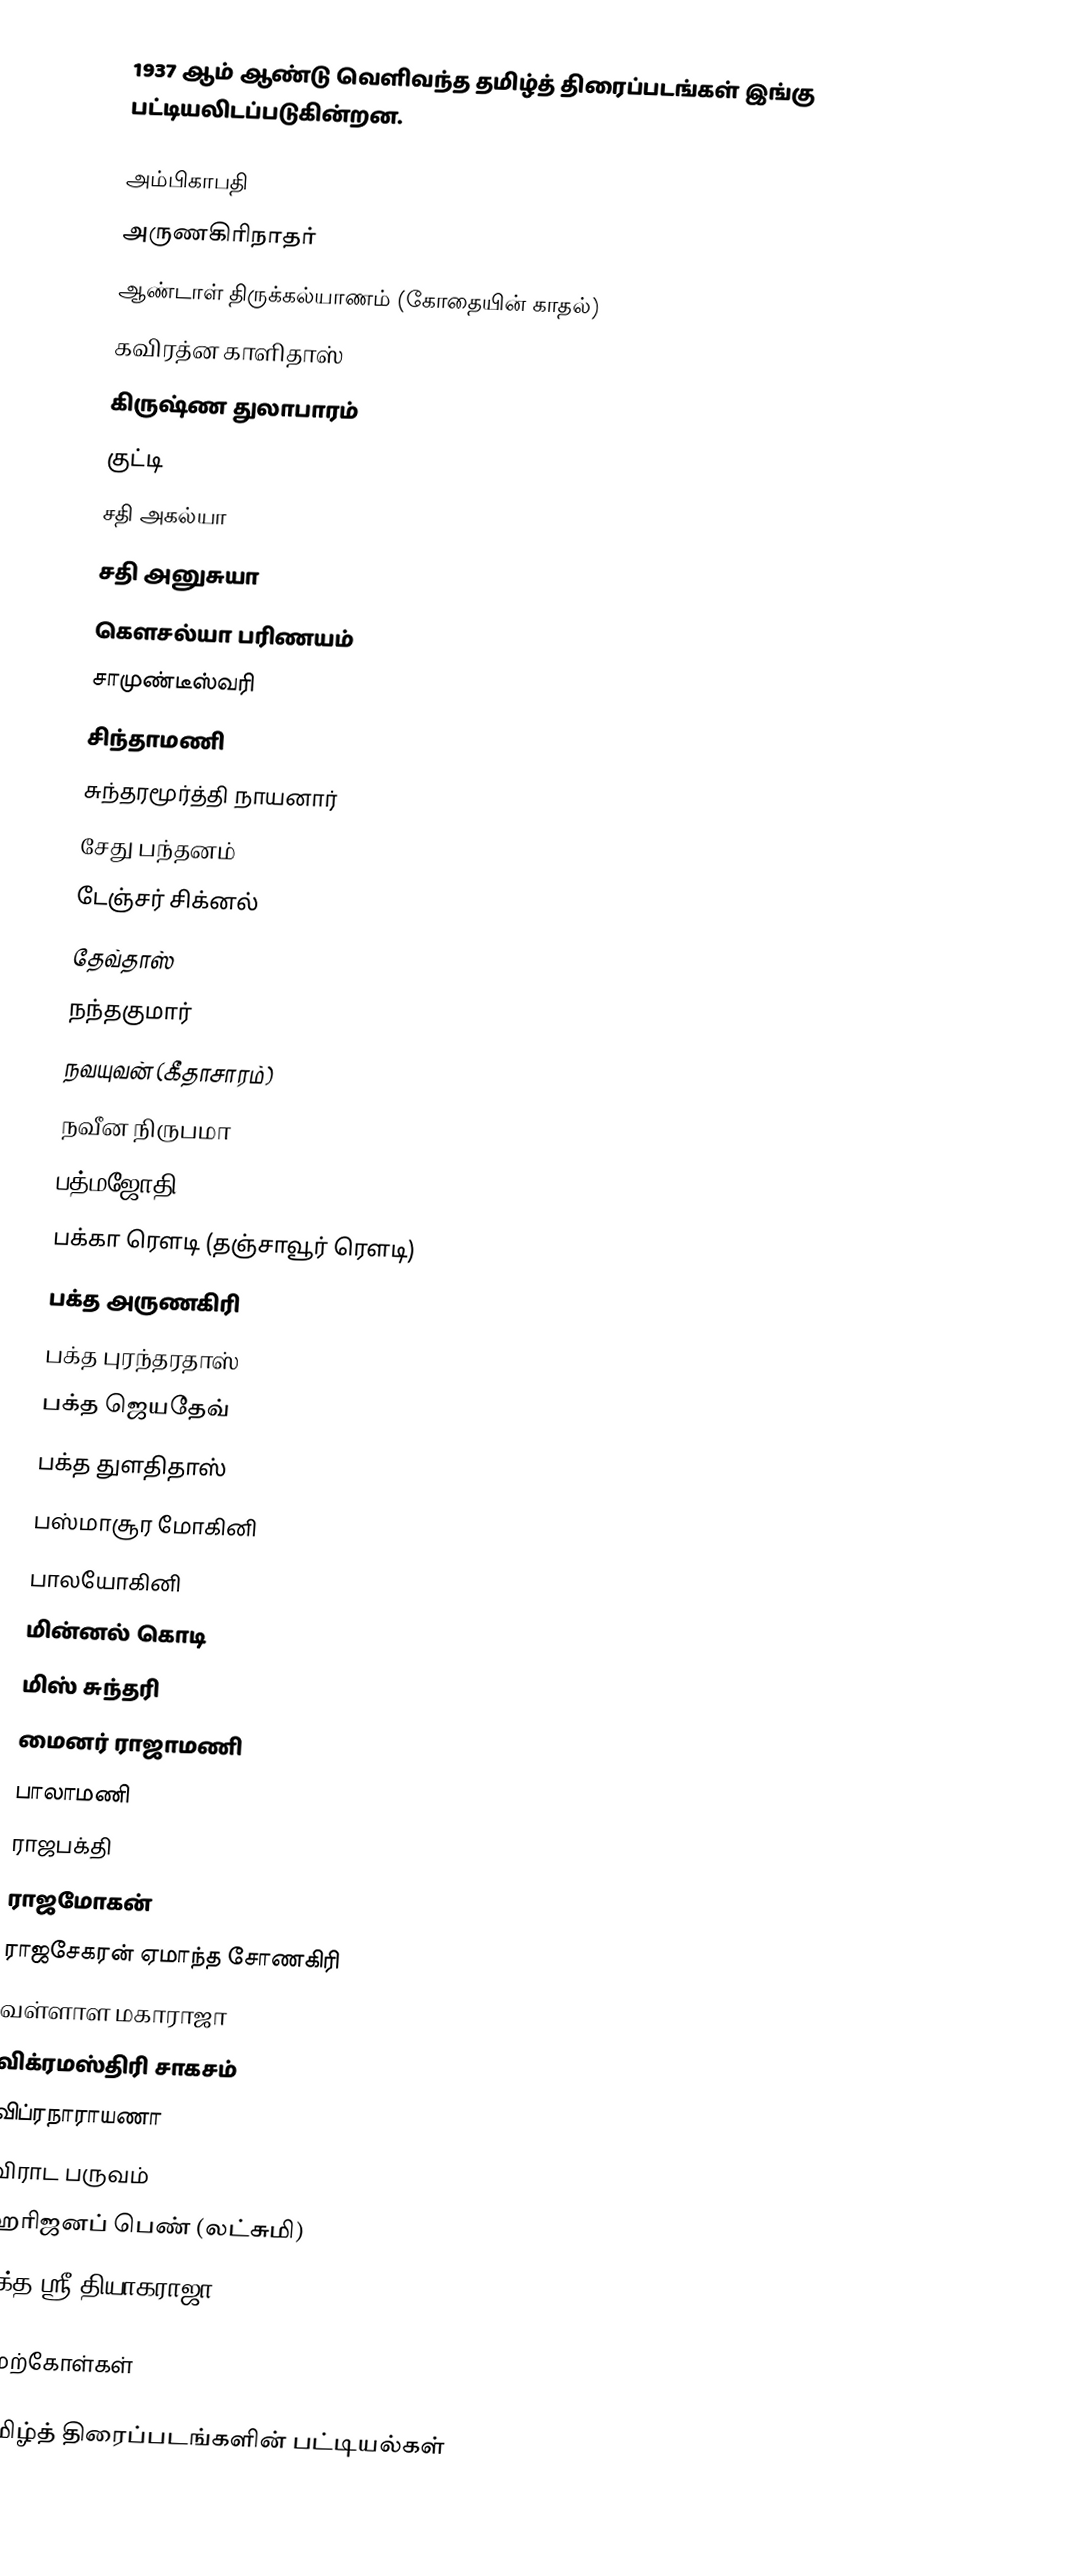
1937 ஆம் ஆண்டு வெளிவந்த தமிழ்த் திரைப்படங்கள் இங்கு பட்டியலிடப்படுகின்றன.

 அம்பிகாபதி
 அருணகிரிநாதர்
 ஆண்டாள் திருக்கல்யாணம் (கோதையின் காதல்)
 கவிரத்ன காளிதாஸ்
 கிருஷ்ண துலாபாரம்
 குட்டி
 சதி அகல்யா
 சதி அனுசுயா
 கௌசல்யா பரிணயம்
 சாமுண்டீஸ்வரி
 சிந்தாமணி
 சுந்தரமூர்த்தி நாயனார்
 சேது பந்தனம்
 டேஞ்சர் சிக்னல்
 தேவ்தாஸ்
 நந்தகுமார்
 நவயுவன் (கீதாசாரம்)
 நவீன நிருபமா
 பத்மஜோதி
 பக்கா ரௌடி (தஞ்சாவூர் ரௌடி)
 பக்த அருணகிரி
 பக்த புரந்தரதாஸ்
 பக்த ஜெயதேவ்
 பக்த துளதிதாஸ்
 பஸ்மாசூர மோகினி
 பாலயோகினி
 மின்னல் கொடி
 மிஸ் சுந்தரி
 மைனர் ராஜாமணி
 பாலாமணி
 ராஜபக்தி
 ராஜமோகன்
 ராஜசேகரன் ஏமாந்த சோணகிரி
 வள்ளாள மகாராஜா
 விக்ரமஸ்திரி சாகசம்
 விப்ரநாராயணா
 விராட பருவம்
 ஹரிஜனப் பெண் (லட்சுமி)
 பக்த ஸ்ரீ தியாகராஜா

மேற்கோள்கள்

தமிழ்த் திரைப்படங்களின் பட்டியல்கள்